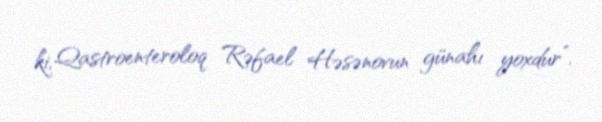
ki, Qastroenteroloq Rəfael Həsənovun günahı yoxdur”.